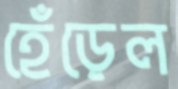
হেঁড়েল